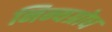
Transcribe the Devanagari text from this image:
निन्यग्रोध